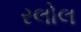
રલોલ